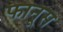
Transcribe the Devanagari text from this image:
फानूस